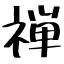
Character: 禅